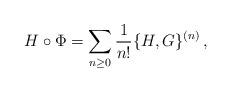
LaTeX: \begin{align*}H\circ \Phi = \sum_{n\ge0}\frac{1}{n!}\{H,G\}^{(n)}\,,\end{align*}